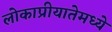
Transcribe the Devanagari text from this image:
लोकाप्रीयातेमध्ये